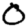
Digit: 0